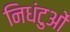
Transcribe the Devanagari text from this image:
निधंटुओं